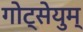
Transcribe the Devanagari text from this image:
गोट्सेयुम्